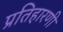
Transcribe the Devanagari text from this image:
प्रतिहारणी